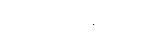
တွေ့မြင်နိုင်မည်